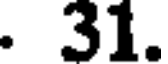
. 31.